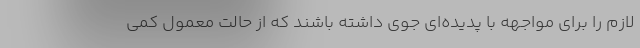
لازم را برای مواجهه با پدیده‌ای جوی داشته باشند که از حالت معمول کمی